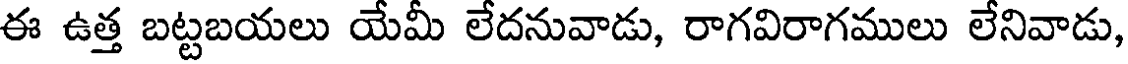
ఈ ఉత్త బట్టబయలు యేమీ లేదనువాడు, రాగవిరాగములు లేనివాడు,